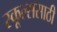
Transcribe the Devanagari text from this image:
स्कूल्ससाठी